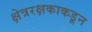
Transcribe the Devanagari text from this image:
क्षेत्ररक्षकाकडून